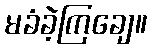
မခံခဲ့ကြချေ။